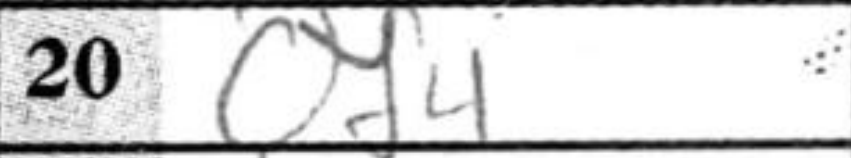
Transcription: Qf4